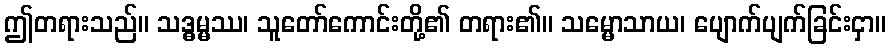
ဤတရားသည်။ သဒ္ဓမ္မဿ၊ သူတော်ကောင်းတို့၏ တရား၏။ သမ္မောသာယ၊ ပျောက်ပျက်ခြင်းငှာ။